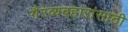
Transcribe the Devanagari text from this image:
गैरव्यवहारांसाठी